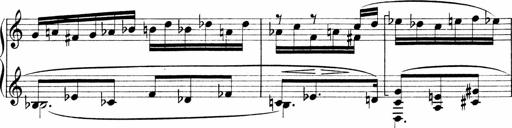
Title: Sonatina No.1
Composer: Otto Stoll
Key: C major